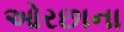
ઓરછાના